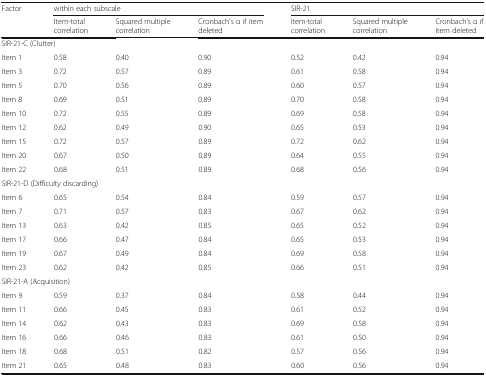
<table><thead><tr><td><b>Factor</b></td><td colspan="3"><b>within each subscale</b></td><td colspan="3"><b>SIR-21</b></td></tr><tr><td></td><td><b>Item-total correlation</b></td><td><b>Squared multiple correlation</b></td><td><b>Cronbach&#x27;s α if item deleted</b></td><td><b>Item-total correlation</b></td><td><b>Squared multiple correlation</b></td><td><b>Cronbach&#x27;s α if item deleted</b></td></tr></thead><tbody><tr><td colspan="7">SIR-21-C (Clutter)</td></tr><tr><td>Item 1</td><td>0.58</td><td>0.40</td><td>0.90</td><td>0.52</td><td>0.42</td><td>0.94</td></tr><tr><td>Item 3</td><td>0.72</td><td>0.57</td><td>0.89</td><td>0.61</td><td>0.58</td><td>0.94</td></tr><tr><td>Item 5</td><td>0.70</td><td>0.56</td><td>0.89</td><td>0.60</td><td>0.57</td><td>0.94</td></tr><tr><td>Item 8</td><td>0.69</td><td>0.51</td><td>0.89</td><td>0.70</td><td>0.58</td><td>0.94</td></tr><tr><td>Item 10</td><td>0.72</td><td>0.55</td><td>0.89</td><td>0.69</td><td>0.58</td><td>0.94</td></tr><tr><td>Item 12</td><td>0.62</td><td>0.49</td><td>0.90</td><td>0.65</td><td>0.53</td><td>0.94</td></tr><tr><td>Item 15</td><td>0.72</td><td>0.57</td><td>0.89</td><td>0.72</td><td>0.62</td><td>0.94</td></tr><tr><td>Item 20</td><td>0.67</td><td>0.50</td><td>0.89</td><td>0.64</td><td>0.55</td><td>0.94</td></tr><tr><td>Item 22</td><td>0.68</td><td>0.51</td><td>0.89</td><td>0.68</td><td>0.56</td><td>0.94</td></tr><tr><td colspan="7">SIR-21-D (Difficulty discarding)</td></tr><tr><td>Item 6</td><td>0.65</td><td>0.54</td><td>0.84</td><td>0.59</td><td>0.57</td><td>0.94</td></tr><tr><td>Item 7</td><td>0.71</td><td>0.57</td><td>0.83</td><td>0.67</td><td>0.62</td><td>0.94</td></tr><tr><td>Item 13</td><td>0.63</td><td>0.42</td><td>0.85</td><td>0.65</td><td>0.52</td><td>0.94</td></tr><tr><td>Item 17</td><td>0.66</td><td>0.47</td><td>0.84</td><td>0.65</td><td>0.53</td><td>0.94</td></tr><tr><td>Item 19</td><td>0.67</td><td>0.49</td><td>0.84</td><td>0.69</td><td>0.58</td><td>0.94</td></tr><tr><td>Item 23</td><td>0.62</td><td>0.42</td><td>0.85</td><td>0.66</td><td>0.51</td><td>0.94</td></tr><tr><td colspan="7">SIR-21-A (Acquisition)</td></tr><tr><td>Item 9</td><td>0.59</td><td>0.37</td><td>0.84</td><td>0.58</td><td>0.44</td><td>0.94</td></tr><tr><td>Item 11</td><td>0.66</td><td>0.45</td><td>0.83</td><td>0.61</td><td>0.52</td><td>0.94</td></tr><tr><td>Item 14</td><td>0.62</td><td>0.43</td><td>0.83</td><td>0.69</td><td>0.58</td><td>0.94</td></tr><tr><td>Item 16</td><td>0.66</td><td>0.46</td><td>0.83</td><td>0.61</td><td>0.50</td><td>0.94</td></tr><tr><td>Item 18</td><td>0.68</td><td>0.51</td><td>0.82</td><td>0.57</td><td>0.56</td><td>0.94</td></tr><tr><td>Item 21</td><td>0.65</td><td>0.48</td><td>0.83</td><td>0.60</td><td>0.56</td><td>0.94</td></tr></tbody></table>